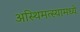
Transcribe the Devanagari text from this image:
अस्थिमत्स्यामध्ये